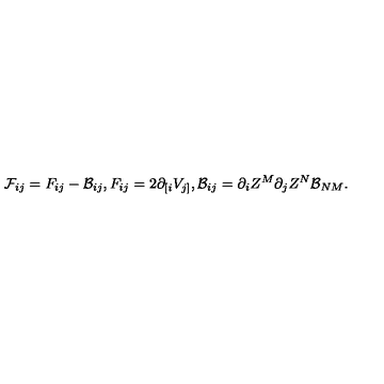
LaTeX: { \cal F } _ { i j } = F _ { i j } - { \cal B } _ { i j } , F _ { i j } = 2 \partial _ { [ i } V _ { j ] } , { \cal B } _ { i j } = \partial _ { i } Z ^ { M } \partial _ { j } Z ^ { N } { \cal B } _ { N M } .